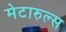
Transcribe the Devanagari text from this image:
मेटारुल्स